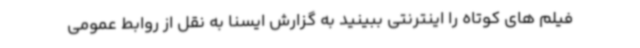
فیلم های کوتاه را اینترنتی ببینید به گزارش ایسنا به نقل از روابط عمومی